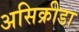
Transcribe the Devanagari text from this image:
असिक्रीडा